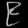
Digit: ၉